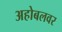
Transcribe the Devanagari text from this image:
अहोबलवर